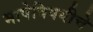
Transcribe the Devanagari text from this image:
भाषेविषयीचे